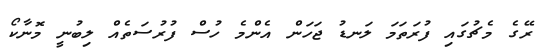
ރޭގެ މެޗުގައި ފުރަތަމަ ލަނޑު ޖަހަން އެންމެ ހުސް ފުރުސަތެއް ލިބުނީ މޮނާކޯ